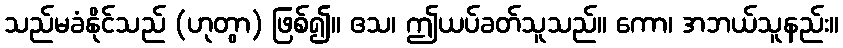
သည်မခံနိုင်သည် (ဟုတွာ) ဖြစ်၍။ ဧသ၊ ဤယပ်ခတ်သူသည်။ ကော၊ အဘယ်သူနည်း။